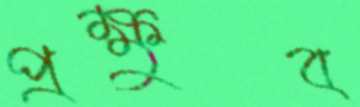
প্রক্ষুব